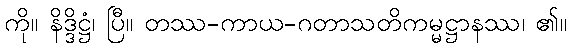
ကို။ နိဒ္ဒိဋ္ဌံ၊ ပြီ။ တဿ-ကာယ-ဂတာသတိကမ္မဋ္ဌာနဿ၊ ၏။